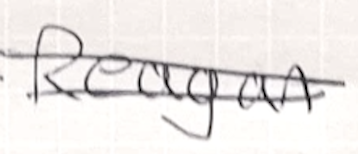
Text: Reagan
Cross-out: double-line
Writing tool: ballpoint